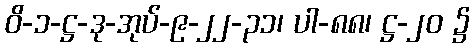
ဝိ-၁-ဋ္ဌ-ဒု-အုပ်-၉-၂၂-၃၁၊ ပါ-၈၈၊ ဋ္ဌ-၂၀ ၌